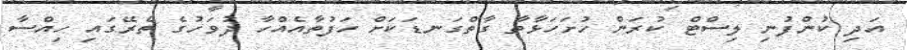
އަދި ކުންފުނި ލިސްޓް ކުރަން ހުށަހަޅާތާ ގާތްގަނޑަކަށް ހަފުތާއެއްހާ ދުވަހުގެ ތެރޭގައި ހިއްސާ